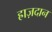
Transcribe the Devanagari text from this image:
ह्राज़दान